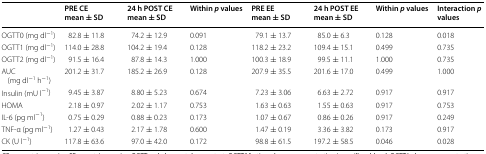
<table><thead><tr><td></td><td><b>PRE CE mean ± SD</b></td><td><b>24 h POST CE mean ± SD</b></td><td><b>Within <i>p</i> values</b></td><td><b>PRE EE mean ± SD</b></td><td><b>24 h POST EE mean ± SD</b></td><td><b>Within <i>p</i> values</b></td><td><b>Interaction <i>p</i> values</b></td></tr></thead><tbody><tr><td>OGTT0 (mg dl<sup>−1</sup>)</td><td>82.8 ± 11.8</td><td>74.2 ± 12.9</td><td>0.091</td><td>79.1 ± 13.7</td><td>85.0 ± 6.3</td><td>0.128</td><td>0.018</td></tr><tr><td>OGTT1 (mg dl<sup>−1</sup>)</td><td>114.0 ± 28.8</td><td>104.2 ± 19.4</td><td>0.128</td><td>118.2 ± 23.2</td><td>109.4 ± 15.1</td><td>0.499</td><td>0.735</td></tr><tr><td>OGTT2 (mg dl<sup>−1</sup>)</td><td>91.5 ± 16.4</td><td>87.8 ± 14.3</td><td>1.000</td><td>100.3 ± 18.9</td><td>99.5 ± 11.1</td><td>1.000</td><td>0.735</td></tr><tr><td>AUC (mg dl<sup>−1</sup> h<sup>−1</sup>)</td><td>201.2 ± 31.7</td><td>185.2 ± 26.9</td><td>0.128</td><td>207.9 ± 35.5</td><td>201.6 ± 17.0</td><td>0.499</td><td>1.000</td></tr><tr><td>Insulin (mU l<sup>−1</sup>)</td><td>9.45 ± 3.87</td><td>8.80 ± 5.23</td><td>0.674</td><td>7.23 ± 3.06</td><td>6.63 ± 2.72</td><td>0.917</td><td>0.917</td></tr><tr><td>HOMA</td><td>2.18 ± 0.97</td><td>2.02 ± 1.17</td><td>0.753</td><td>1.63 ± 0.63</td><td>1.55 ± 0.63</td><td>0.917</td><td>0.753</td></tr><tr><td>IL-6 (pg ml<sup>−1</sup>)</td><td>0.75 ± 0.29</td><td>0.88 ± 0.23</td><td>0.173</td><td>1.07 ± 0.67</td><td>0.86 ± 0.26</td><td>0.917</td><td>0.249</td></tr><tr><td>TNF-α (pg ml<sup>−1</sup>)</td><td>1.27 ± 0.43</td><td>2.17 ± 1.78</td><td>0.600</td><td>1.47 ± 0.19</td><td>3.36 ± 3.82</td><td>0.173</td><td>0.917</td></tr><tr><td>CK (U l<sup>−1</sup>)</td><td>117.8 ± 63.6</td><td>97.0 ± 42.0</td><td>0.172</td><td>98.8 ± 61.5</td><td>197.2 ± 58.5</td><td>0.046</td><td>0.028</td></tr></tbody></table>